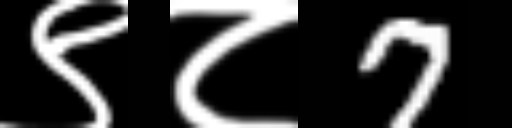
Text: ९८7